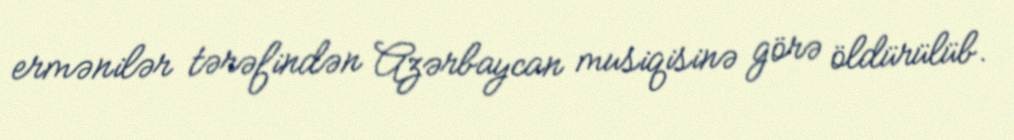
ermənilər tərəfindən Azərbaycan musiqisinə görə öldürülüb.